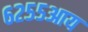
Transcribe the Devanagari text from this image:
६२५५आय